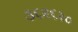
૩૬૨૬૨૦